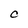
Character: C